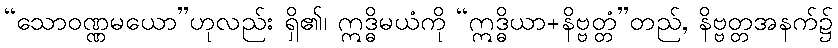
“သောဝဏ္ဏမယော”ဟုလည်း ရှိ၏၊ ဣဒ္ဓိမယံကို “ဣဒ္ဓိယာ+နိဗ္ဗတ္တံ”တည်, နိဗ္ဗတ္တအနက်၌